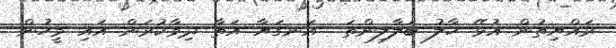
ރައްޔިތުން އުޅޭ ހާލު ބަލާލިންތަ  އަނގަޔާ އަތާ ދިމާކުރަން އައި މީހުން